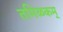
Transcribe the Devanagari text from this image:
तमिळकम्‌